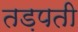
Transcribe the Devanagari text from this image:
तड़पती